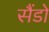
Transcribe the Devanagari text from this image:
सैंडो